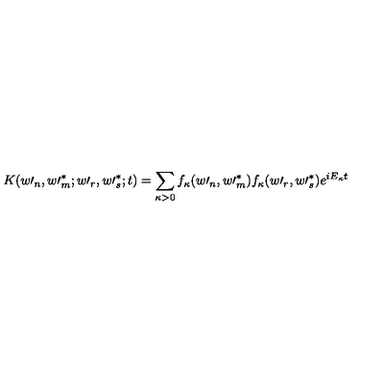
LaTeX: K ( w \prime _ { n } , w \prime _ { m } ^ { \ast } ; w \prime _ { r } , w \prime _ { s } ^ { \ast } ; t ) = \sum _ { \kappa > 0 } f _ { \kappa } ( w \prime _ { n } , w \prime _ { m } ^ { \ast } ) f _ { \kappa } ( w \prime _ { r } , w \prime _ { s } ^ { \ast } ) e ^ { i E _ { \kappa } t }